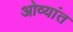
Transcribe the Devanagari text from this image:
ओव्यांत